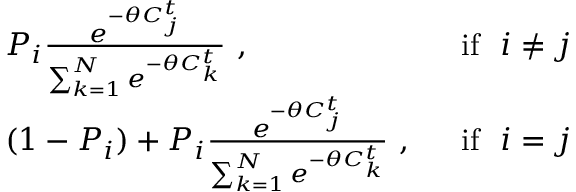
\begin{array} { r l r } & { P _ { i } \frac { e ^ { - \theta C _ { j } ^ { t } } } { \sum _ { k = 1 } ^ { N } e ^ { - \theta C _ { k } ^ { t } } } \ , \ } & { \ \mathrm { i f } \ \ i \neq j } \\ & { ( 1 - P _ { i } ) + P _ { i } \frac { e ^ { - \theta C _ { j } ^ { t } } } { \sum _ { k = 1 } ^ { N } e ^ { - \theta C _ { k } ^ { t } } } \ , \ } & { \ \mathrm { i f } \ \ i = j } \end{array}